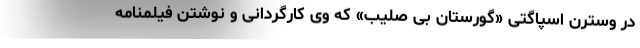
در وسترن اسپاگتی «گورستان بی صلیب» که وی کارگردانی و نوشتن فیلمنامه